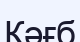
Кәғб